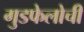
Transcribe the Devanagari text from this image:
गुडफेलोची